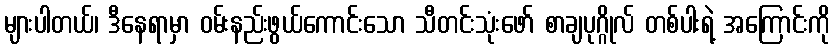
များပါတယ်၊ ဒီနေရာမှာ ဝမ်းနည်းဖွယ်ကောင်းသော သီတင်းသုံးဖော် စာချပုဂ္ဂိုလ် တစ်ပါးရဲ့ အကြောင်းကို